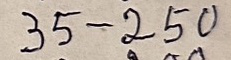
35 - 250